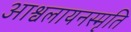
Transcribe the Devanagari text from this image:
आश्वलायनस्मृति